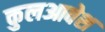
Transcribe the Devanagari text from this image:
कुलआवेश